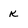
Character: k